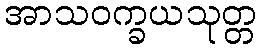
အာသဝက္ခယသုတ္တ